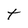
Character: t